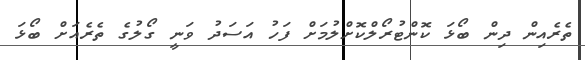
ތެރެއިން ދިން ބޯޅަ ކޮންޓުރޯލްކޮށްލުމަށް ފަހު އަސަދު ވަނީ ގޯލުގެ ތެރެއަށް ބޯޅަ